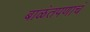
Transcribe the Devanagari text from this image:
बाळंतपणाचं